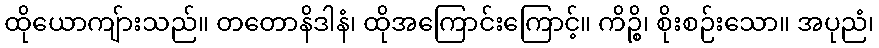
ထိုယောကျ်ားသည်။ တတောနိဒါနံ၊ ထိုအကြောင်းကြောင့်။ ကိဉ္စိ၊ စိုးစဉ်းသော။ အပုညံ၊